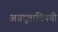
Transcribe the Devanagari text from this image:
अग्रदूताविषयी